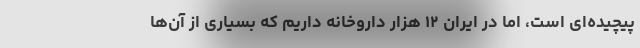
پیچیده‌ای است، اما در ایران ۱۲ هزار داروخانه داریم که بسیاری از آن‌ها